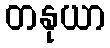
တနုယာ